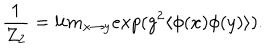
LaTeX: \frac { 1 } { Z _ { 2 } } = l i m _ { x \rightarrow y } e x p ( g ^ { 2 } \langle \phi ( x ) \phi ( y ) \rangle ) .